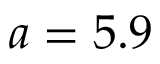
a = 5 . 9